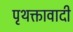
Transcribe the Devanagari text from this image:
पृथक्तावादी